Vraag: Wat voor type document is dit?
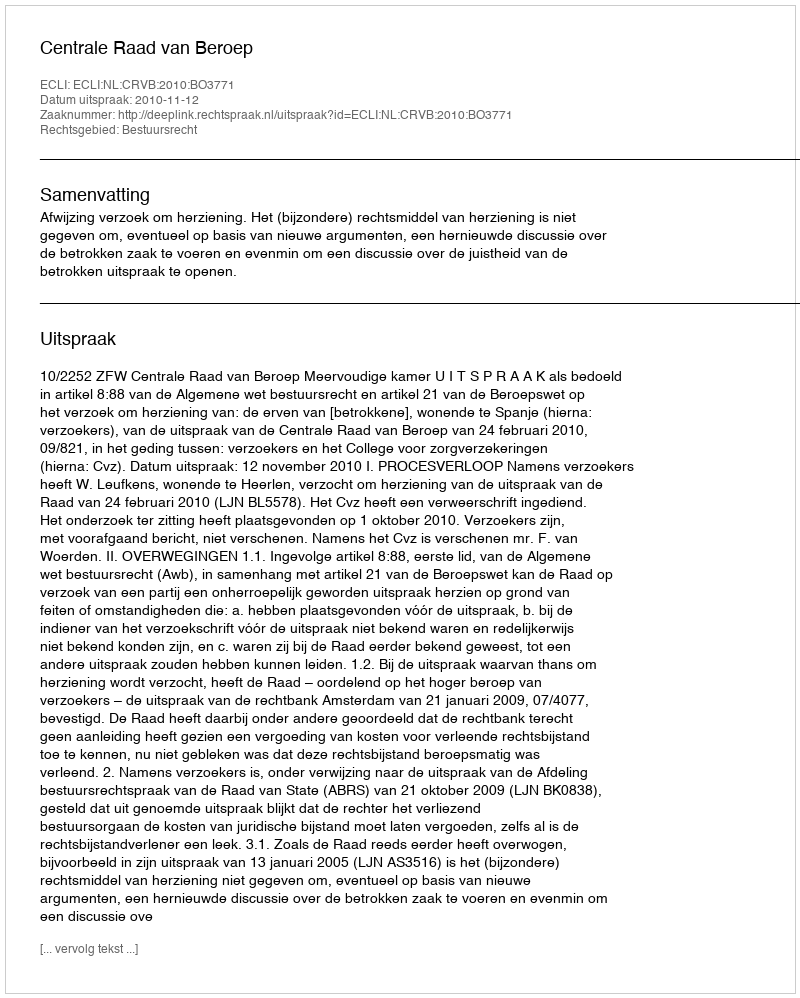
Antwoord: Uitspraak